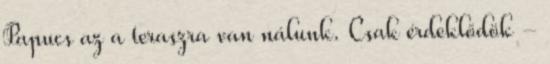
Papucs az a teraszra van nálunk. Csak érdeklődök -